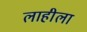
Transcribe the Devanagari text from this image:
लाहीला